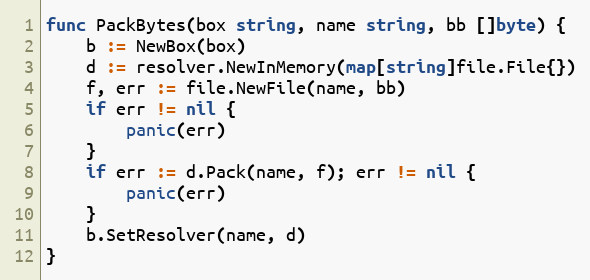
Language: Go
func PackBytes(box string, name string, bb []byte) {
	b := NewBox(box)
	d := resolver.NewInMemory(map[string]file.File{})
	f, err := file.NewFile(name, bb)
	if err != nil {
		panic(err)
	}
	if err := d.Pack(name, f); err != nil {
		panic(err)
	}
	b.SetResolver(name, d)
}